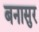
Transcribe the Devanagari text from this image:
बनासुर